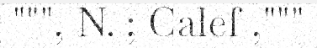
""", N. ; Calef ,"""